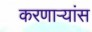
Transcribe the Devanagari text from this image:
करणाऱ्यांस